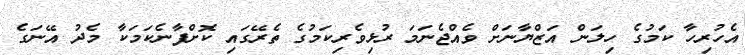
އެހުރިހާ ކަމުގެ ހިލަން އަޒްޔާނަށް ވެއްޖެނަމަ ރުޅިވެރިކަމުގެ ތެރޭގައި ކޮށްފާނެކަމަކާ މެދު އޭނަގެ